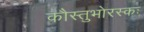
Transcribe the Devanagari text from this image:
कौस्तुभोरस्कः